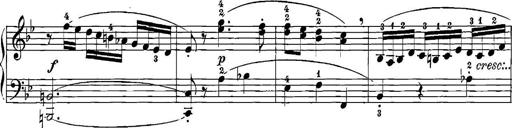
Title: 12 Sonatinas
Composer: Ignaz Pleyel